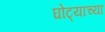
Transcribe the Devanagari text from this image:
घोट्याच्या